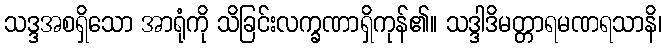
သဒ္ဒအစရှိသော အာရုံကို သိခြင်းလက္ခဏာရှိကုန်၏။ သဒ္ဒါဒိမတ္တာရမဏရသာနိ၊